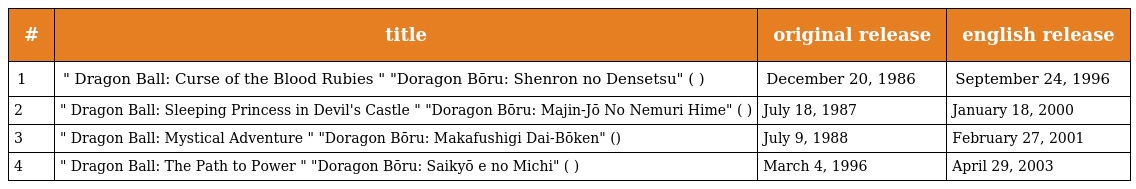
| # | title | original release | english release |
 | --- | --- | --- | --- |
 | 1 | " Dragon Ball: Curse of the Blood Rubies " "Doragon Bōru: Shenron no Densetsu" (ドラゴンボール 神龍の伝説) | December 20, 1986 | September 24, 1996 |
 | 2 | " Dragon Ball: Sleeping Princess in Devil's Castle " "Doragon Bōru: Majin-Jō No Nemuri Hime" (ドラゴンボール 魔神城のねむり姫) | July 18, 1987 | January 18, 2000 |
 | 3 | " Dragon Ball: Mystical Adventure " "Doragon Bōru: Makafushigi Dai-Bōken" (ドラゴンボール　魔訶不思議大冒険) | July 9, 1988 | February 27, 2001 |
 | 4 | " Dragon Ball: The Path to Power " "Doragon Bōru: Saikyō e no Michi" (ドラゴンボール 最強への道) | March 4, 1996 | April 29, 2003 |